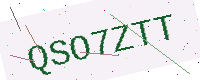
Text: QSO7ZTT